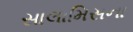
સાલામિસના